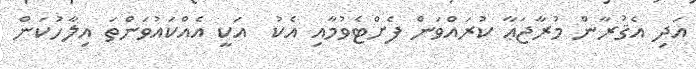
އަދި އެޤުރާން މުރާޖަޢާ ކުރައްވަން ފެށްޓެވުމާއި އެކު  އަކީ އެއްކައުވަންތަ އިލާހުކަން